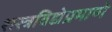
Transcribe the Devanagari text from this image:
शस्त्रविद्येप्रमाणे